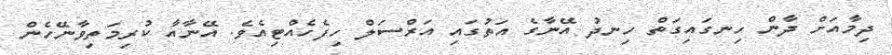
ދިމާއަށް ދާން ހިނގައިގަތް ހިނދު އޭނާގެ އަތުގައި އަރްސަލް ހިފެހެއްޓިއެވެ. އޭނާއާ ކުރިމަތިވާނޭހެން